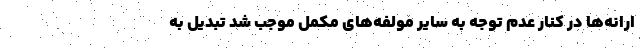
ارانه‌ها در کنار عدم توجه به سایر مولفه‌های مکمل موجب شد تبدیل به